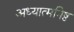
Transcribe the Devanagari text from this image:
अध्यात्मनिष्ठ